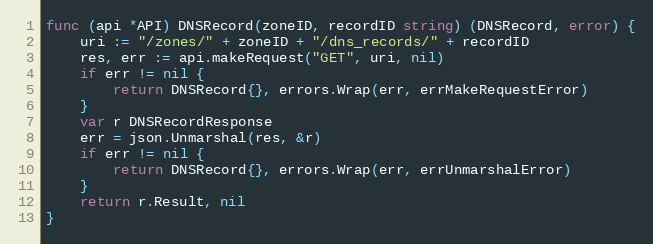
Language: Go
func (api *API) DNSRecord(zoneID, recordID string) (DNSRecord, error) {
	uri := "/zones/" + zoneID + "/dns_records/" + recordID
	res, err := api.makeRequest("GET", uri, nil)
	if err != nil {
		return DNSRecord{}, errors.Wrap(err, errMakeRequestError)
	}
	var r DNSRecordResponse
	err = json.Unmarshal(res, &r)
	if err != nil {
		return DNSRecord{}, errors.Wrap(err, errUnmarshalError)
	}
	return r.Result, nil
}